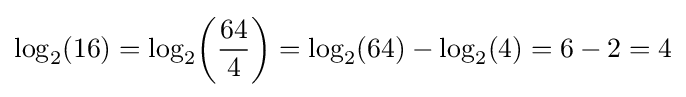
\log _{2}(16)=\log _{2}\!\left({\frac {64}{4}}\right)=\log _{2}(64)-\log _{2}(4)=6-2=4